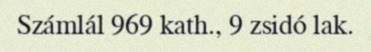
Számlál 969 kath., 9 zsidó lak.